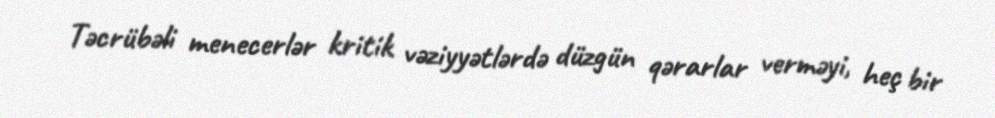
Təcrübəli menecerlər kritik vəziyyətlərdə düzgün qərarlar verməyi, heç bir